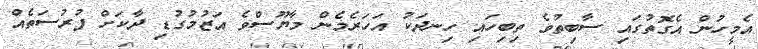
އެމީހުން އެގޮތުގައި ސާބިތުވެ ތިބިހައި ހިނދަކު އަހަރެމެން މާޔޫސްވެ އަޒުމުގުޑި ދާކަށް ފުރުސަތެއް